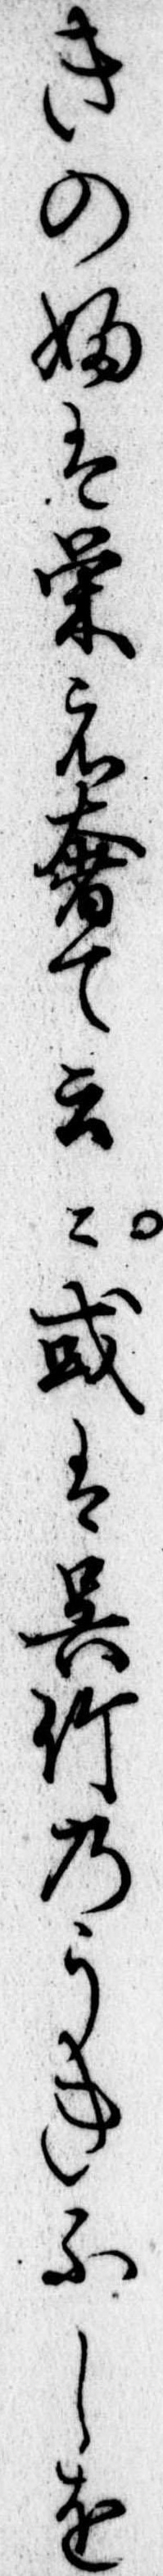
きのふは栄え奢て云或は呉竹のうきふしを